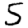
Digit: 5